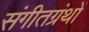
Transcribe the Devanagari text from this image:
संगीतग्रंथों